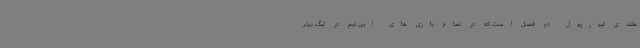
هلندی لیورپول دو فصل است که در تمام بازی های این تیم در لیگ برتر